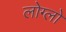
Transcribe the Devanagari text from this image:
लोग्लो